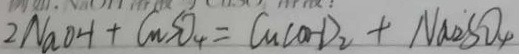
2 N a O H + C M S O _ { 4 } = C u ( O H ) _ { 2 } + N a _ { 2 } S O _ { 4 }